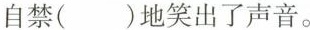
自禁( )地笑出了声音。